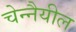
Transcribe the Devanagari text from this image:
चेन्नैयील